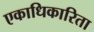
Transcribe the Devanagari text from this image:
एकाधिकारिता